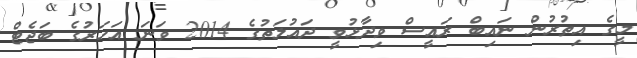
މީގެ އިތުރުން ނައިބް ރައީސް ވިދާޅުވީ ދައުލަތުގެ 2014 ވަނަ އަހަރުގެ ބަޖެޓް